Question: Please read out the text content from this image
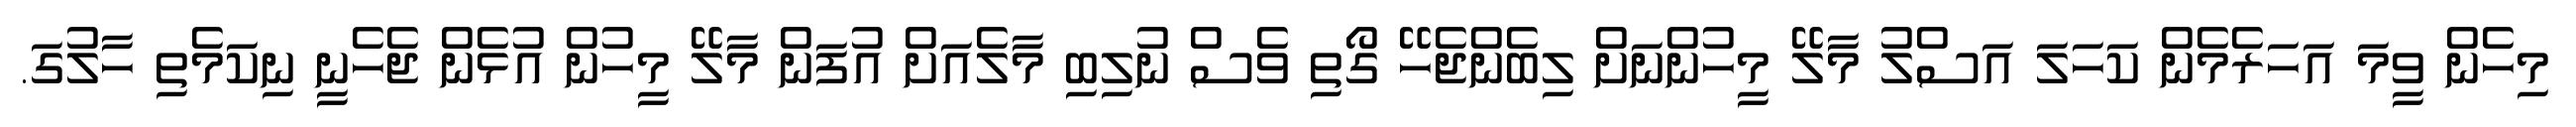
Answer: މިހެން ވީމަ އަހަރެމެން ކަހަލަ އަސްލު މާލޭ މީހުންނަށް ލިބެންޖެހޭ ގޯތި ވެސް ނުލިބި މާލެއަށް އުފަން މާލޭ މީހުން އުޅެން ޖެހެނީ ނިކަމެތި ހާލުގަ.